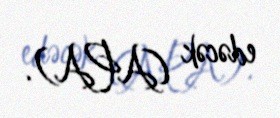
edəcək (APA).